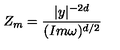
Z _ { m } = \frac { | y | ^ { - 2 d } } { ( I m \omega ) ^ { d / 2 } }